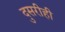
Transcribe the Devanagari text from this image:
दुसरीही